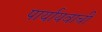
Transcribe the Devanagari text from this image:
पार्यायवाची